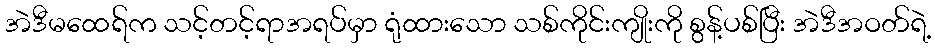
အဲဒီမထေရ်က သင့်တင့်ရာအရပ်မှာ ရုံထားသော သစ်ကိုင်းကျိုးကို စွန့်ပစ်ပြီး အဲဒီအဝတ်ရဲ့